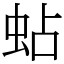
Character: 蛅